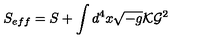
S _ { e f f } = S + \int d ^ { 4 } x \sqrt { - g } { \cal K } { \cal G } ^ { 2 }